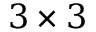
3 \times 3